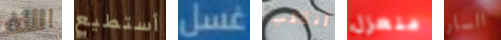
الأف أستطيع غسل أنقلب منعزل السار